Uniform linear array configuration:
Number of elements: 32
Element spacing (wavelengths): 1
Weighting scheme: binomial
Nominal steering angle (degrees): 15
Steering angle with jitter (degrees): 13.683
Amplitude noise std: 0.05
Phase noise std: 0.05

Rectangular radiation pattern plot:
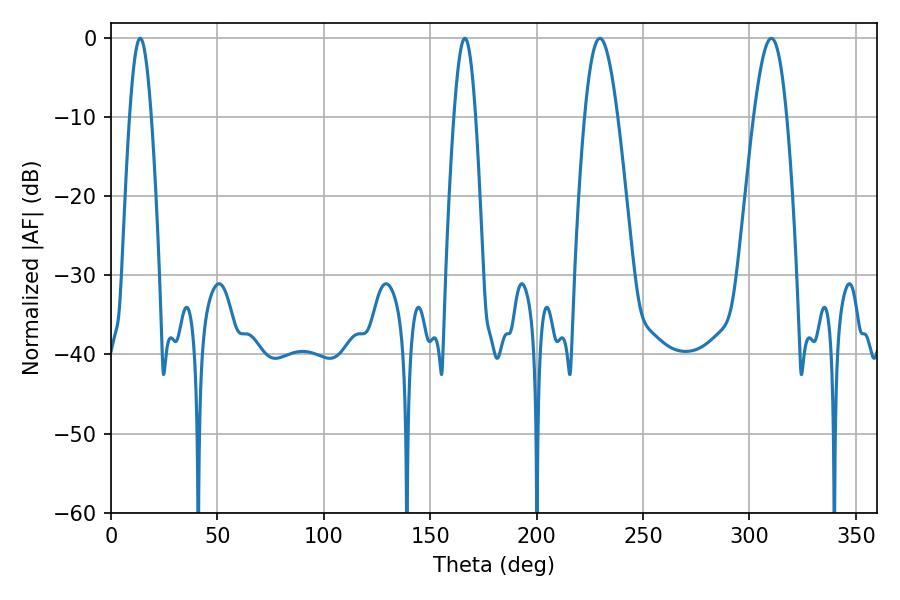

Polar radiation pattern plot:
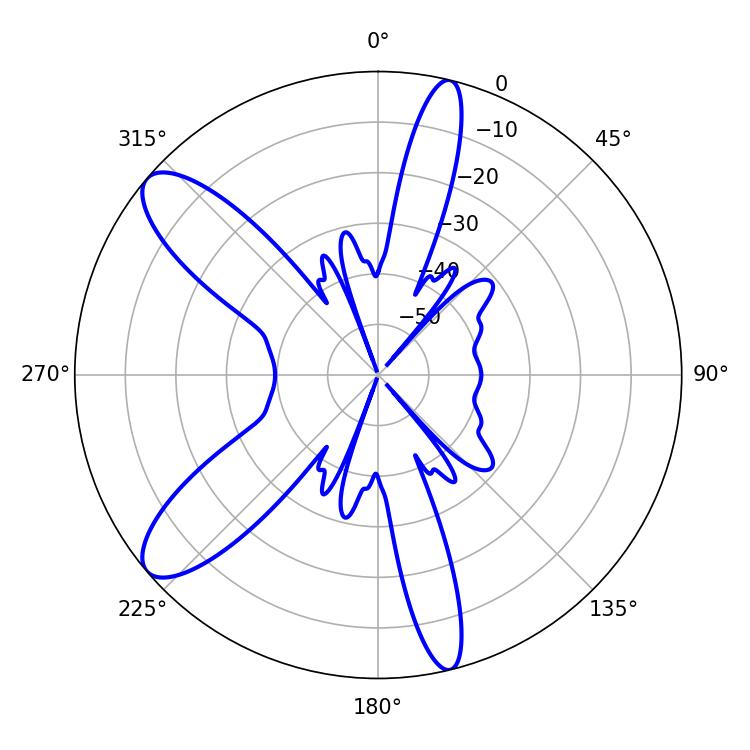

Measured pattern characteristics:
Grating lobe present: TRUE
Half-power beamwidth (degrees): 8.28
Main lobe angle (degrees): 310.32